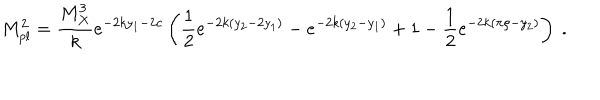
M _ { p l } ^ { 2 } = { \frac { M _ { X } ^ { 3 } } { k } } e ^ { - 2 k y _ { 1 } - 2 c } \left( { \frac { 1 } { 2 } } e ^ { - 2 k ( y _ { 2 } - 2 y _ { 1 } ) } - e ^ { - 2 k ( y _ { 2 } - y _ { 1 } ) } + 1 - { \frac { 1 } { 2 } } e ^ { - 2 k ( \pi \rho - y _ { 2 } ) } \right) ~ . ~ \,